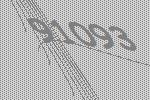
91093